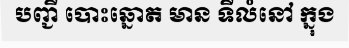
បញ្ជី បោះឆ្នោត មាន ទីលំនៅ ក្នុង